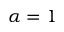
\alpha = 1